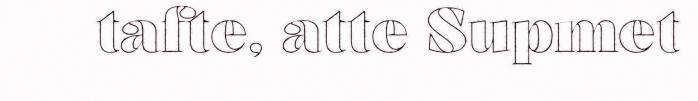
tafte, atte Supmet